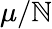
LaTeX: \mu/\mathbb{N}